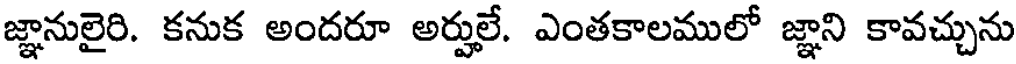
జ్ఞానులైరి. కనుక అందరూ అర్హులే. ఎంతకాలములో జ్ఞాని కావచ్చును